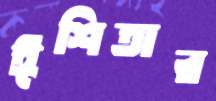
ঈশিতার